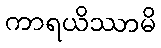
ကာရယိဿာမိ